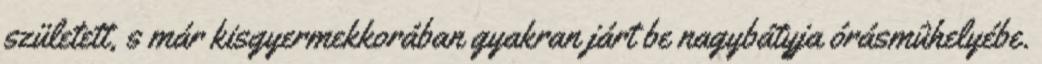
született, s már kisgyermekkorában gyakran járt be nagybátyja órásmûhelyébe.